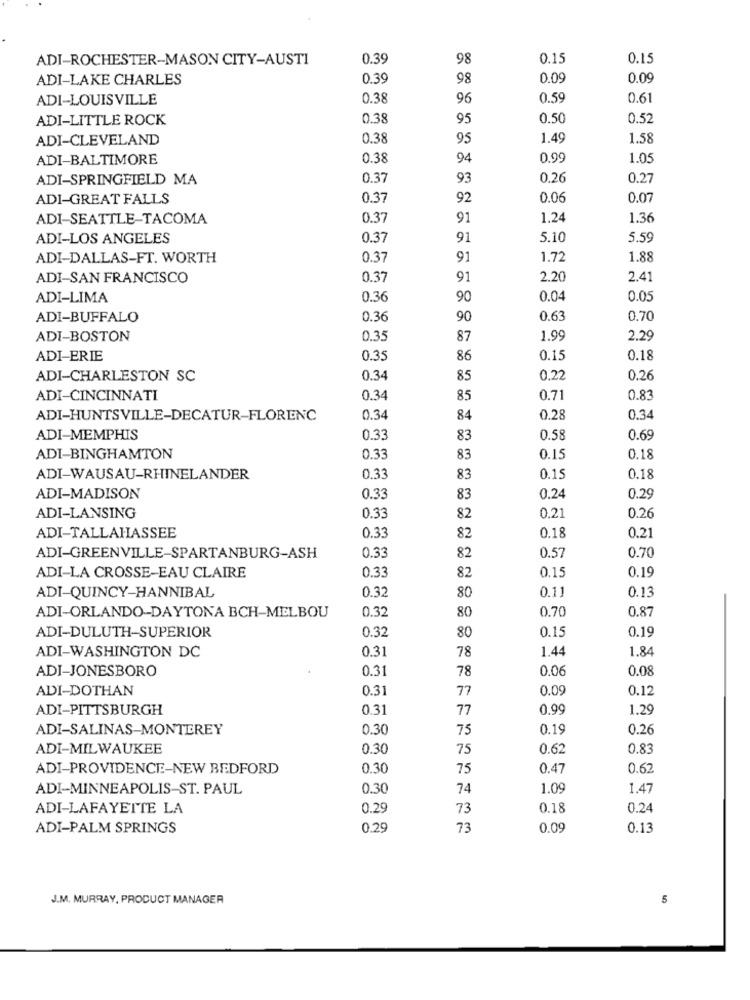
ADI-ROCHESTER-MASON CITY-AUSTI
0.39
98
0.15
0.15
ADI-LAKE CHARLES
0.39
98
0.09
0.09
ADI-LOUISVILLE
0.38
96
0.59
0.61
ADI-LITTLE ROCK
0.38
95
0.50
0.52
ADI-CLEVELAND
0.38
95
1.49
1.58
ADI-BALTIMORE
0.38
94
0.99
1.05
ADI-SPRINGFIELD MA
0.37
93
0.26
0.27
ADI-GREAT FALLS
0.37
92
0.06
0.07
ADI-SEATTLE-TACOMA
0.37
91
1.24
1.36
ADI-LOS ANGELES
0.37
91
5.10
5.59
ADI-DALLAS-FT. WORTH
0.37
91
1.72
1.88
ADI-SAN FRANCISCO
0.37
91
2.20
2.41
ADI-LIMA
0.36
90
0.04
0.05
ADI-BUFFALO
0.36
90
0.63
0.70
ADI-BOSTON
0.35
87
1.99
2.29
ADI-ERIE
0.35
86
0.15
0.18
ADI-CHARLESTON SC
0.34
85
0,22
0.26
ADI-CINCINNATI
0.34
85
0.71
0.83
ADI-HUNTSVILLE-DECATUR-FLORENC
0.34
84
0.28
0.34
ADI-MEMPHIS
0.33
83
0.58
0.69
ADI-BINGHAMTON
0.33
83
0.15
0.18
ADI-WAUSAU-RHINELANDER
0.33
83
0.15
0.18
ADI-MADISON
0.33
83
0.24
0.29
ADI-LANSING
0.21
0.33
82
0.26
0.33
82
0.18
ADI-TALLAHASSEE
0.21
0.33
82
0.70
ADI-GREENVILLE-SPARTANBURG-ASH
0.57
0.33
82
0.19
ADI-LA CROSSE-EAU CLAIRE
0.15
0.32
80
0.11
0.13
ADI-QUINCY-HANNIBAL
ADI-ORLANDO-DAYTONA BCH-MELBOU
0.32
80
0.70
0.87
0.32
80
0.15
0.19
ADI-DULUTH-SUPERIOR
ADI-WASHINGTON DC
0.31
1.44
1.84
78
ADI-JONESBORO
0.31
78
0.06
0.08
ADI-DOTHAN
0.31
77
0.09
0.12
ADI-PITTSBURGH
0.31
77
0.90
1.29
ADI-SALINAS-MONTEREY
0.30
75
0.19
0.26
ADI-MILWAUKEE
0.30
75
0.62
0.83
ADI-PROVIDENCE-NEW BEDFORD
0.30
75
0.47
0.62
ADI-MINNEAPOLIS-ST. PAUL
0.30
74
1.09
1.47
ADI-LAFAYETTE LA
0.29
73
0.18
0.24
ADI-PALM SPRINGS
0.29
73
0.09
0.13
J.M. MURRAY, PRODUCT MANAGER
5